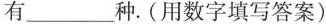
有___种.(用数字填写答案)